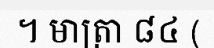
។ មាត្រា ៨៤ (